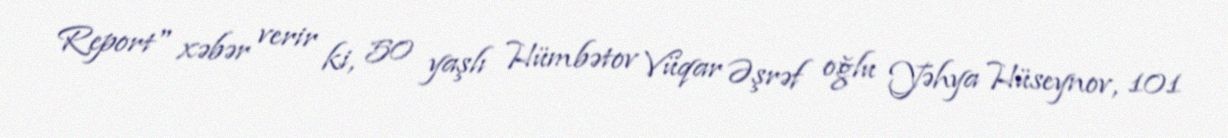
Report" xəbər verir ki, 50 yaşlı Hümbətov Vüqar Əşrəf oğlu Yəhya Hüseynov, 101